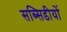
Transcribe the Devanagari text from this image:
सब्सिडीयों